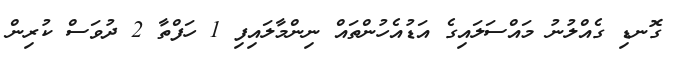
ގޮނޑި ގެއްލުނު މައްސަލައިގެ އަޑުއެހުންތައް ނިންމާލައިފި 1 ހަފްތާ 2 ދުވަސް ކުރިން